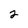
Character: 2